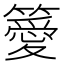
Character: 𥴨